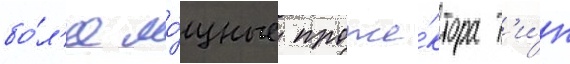
бо́л'ее мо́щные проже́ктора т'и́п